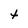
Character: t